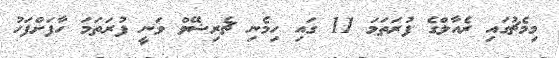
މިމެޗުގައި ރެއާލްގެ ފުރަތަމަ 11 ގައި ހިމެނި ޗެރިޝޭވް ވަނީ ފުރަތަމަ ހާފަށްފަހު